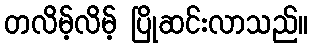
တလိမ့်လိမ့် ပြိုဆင်းလာသည်။